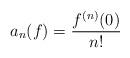
LaTeX: \begin{align*}a_n(f) = \frac{f^{(n)}(0)}{n!}\end{align*}